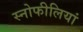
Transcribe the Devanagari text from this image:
स्नोफीलियां